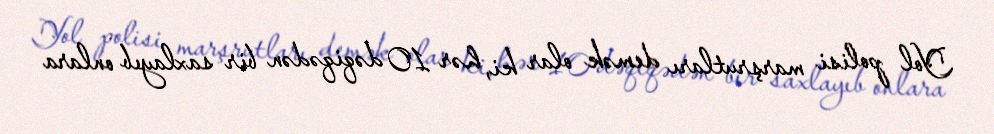
Yol polisi marşrutları demək olar ki, hər 10 dəqiqədən bir saxlayıb onlara